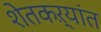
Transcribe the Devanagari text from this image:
शेतकऱ्यांत